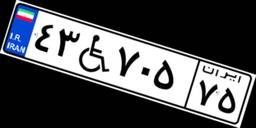
۰۲W۳۸۵۰۰